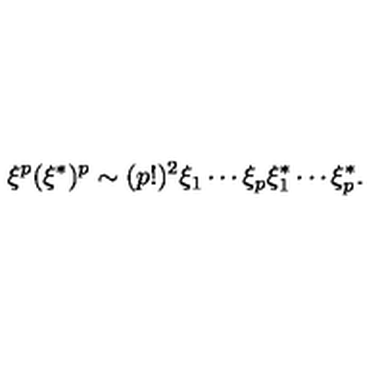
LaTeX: \xi ^ { p } ( \xi ^ { * } ) ^ { p } \sim ( p ! ) ^ { 2 } \xi _ { 1 } \cdots \xi _ { p } \xi _ { 1 } ^ { * } \cdots \xi _ { p } ^ { * } .